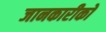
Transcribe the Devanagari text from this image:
जानकारीको